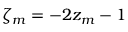
\zeta _ { m } = - 2 z _ { m } - 1